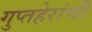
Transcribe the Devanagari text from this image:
गुप्तहेरांची